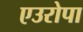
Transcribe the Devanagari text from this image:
एउरोपा